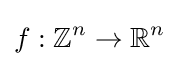
f:\mathbb {Z} ^{n}\to \mathbb {R} ^{n}